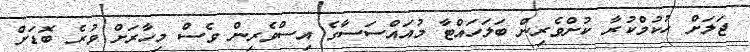
ޖަލަށް ހުކުމްކުރާ ކުށްވެރިން ބަލަހައްޓާ މުއައްސަސާގެ އިސްވެރިން ވެސް މިހާރަށް ވުރެ ބޮޑަށް